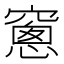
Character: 窻